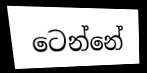
ටෙන්නේ